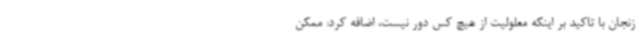
زنجان با تاکید بر اینکه معلولیت از هیچ کس دور نیست، اضافه کرد: ممکن